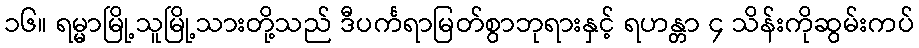
၁၆။ ရမ္မာမြို့သူမြို့သားတို့သည် ဒီပင်္ကရာမြတ်စွာဘုရားနှင့် ရဟန္တာ ၄ သိန်းကိုဆွမ်းကပ်